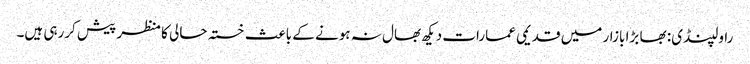
راولپنڈی: بھا بڑا بازار میں قدیمی عمارات دیکھ بھال نہ ہونے کے باعث خستہ حالی کا منظر پیش کررہی ہیں۔